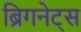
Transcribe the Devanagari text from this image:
ब्रिगनेट्स